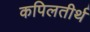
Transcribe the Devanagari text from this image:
कपिलतीर्थ